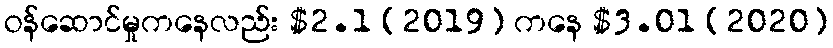
ဝန်ဆောင်မှုကနေလည်း $2.1 (2019) ကနေ $3.01 (2020)